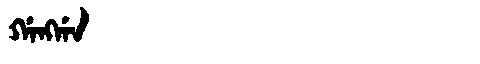
Manchu: ᡤᠠᠩᡤᠠ
Romanization: GANGGA